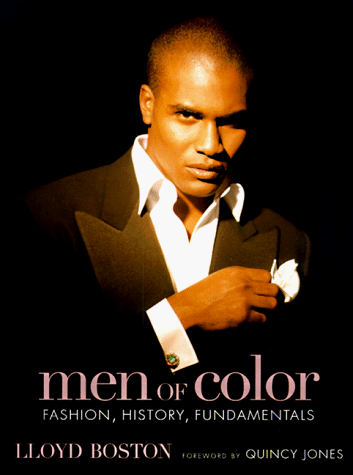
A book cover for Men of Color: Fashion, History, Fundamentals; Lloyd Boston; Health, Fitness & Dieting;